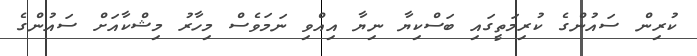
ކުރިން ސައުންގެ ކުރިމަތީގައި ބަސްކިޔާ ނިޔާ އިއްވި ނަމަވެސް މިހާރު މިޝްކާއަށް ސައުންގެ